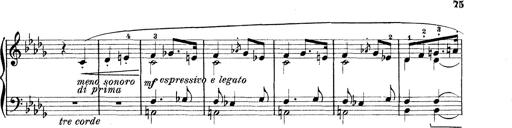
Title: Rapsodie: 19 ungheresi, 1 spagnuola
Composer: Franz Liszt